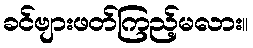
ခင်ဗျားဖတ်ကြည့်မလား။